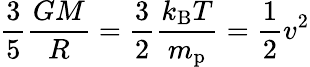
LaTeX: {\frac{3}{5}}{\frac{GM}{R}}={\frac{3}{2}}{\frac{k_{\mathrm{B}}T}{m_{\mathrm{p}}}}={\frac{1}{2}}v^{2}